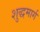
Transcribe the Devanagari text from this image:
शुद्धमार्ग